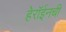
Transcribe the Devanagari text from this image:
हेरॉईनची